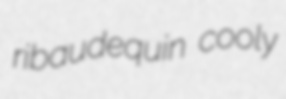
ribaudequin cooly